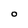
Character: O